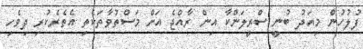
ފުލުހުން މިއަދު ބުނީ ސްރީލަންކާ އިން ރާއްޖެ އަށް މަސްތުވާތަކެތި އެތެރެކުރި ދިވެހި